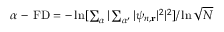
\begin{array} { r } { \alpha \mathrm { ~ - ~ } \mathrm { F D } = - \ln [ \sum _ { \alpha } | \sum _ { \alpha ^ { \prime } } | \psi _ { n , \mathbf { r } } | ^ { 2 } | ^ { 2 } ] / \ln { \sqrt { N } } } \end{array}